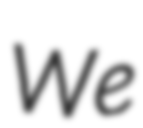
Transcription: We